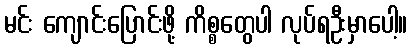
မင်း ကျောင်းပြောင်းဖို့ ကိစ္စတွေပါ လုပ်ရဦးမှာပေါ့။